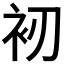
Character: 𧘖